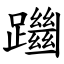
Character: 躖